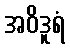
အဝိဒူရံ